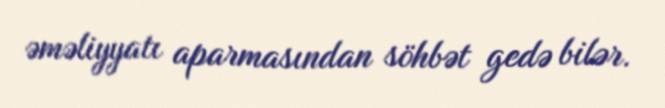
əməliyyatı aparmasından söhbət gedə bilər.